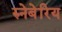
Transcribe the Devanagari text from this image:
रुनेबेरिय